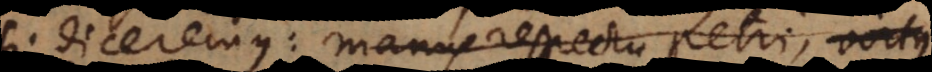
si diceremus: manus respectu Petri, virtus